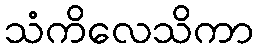
သံကိလေသိကာ